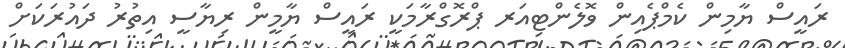
ރައީސް ޔާމިން ކެމްޕެއިން ވޮލެންޓިއަރ ޕްރޮގްރާމަކީ ރައީސް ޔާމީން ރިޔާސީ އިތުރު ދައުރަކަށް